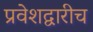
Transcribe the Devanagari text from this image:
प्रवेशद्वारीच